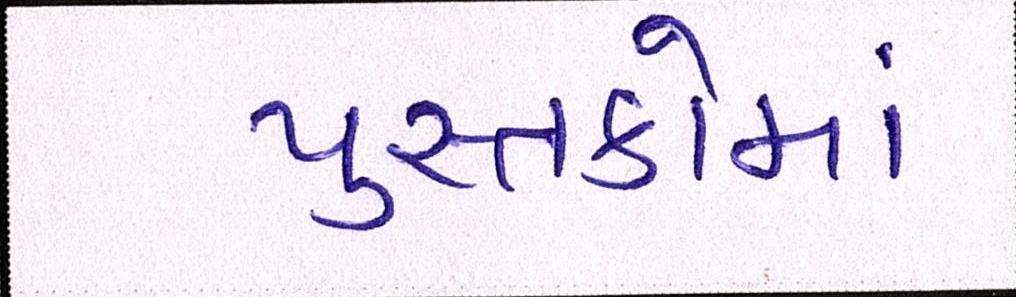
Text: પુસ્તકોમાં